Report on vaccination in the Province of Bengal - 1869-1873
Year: 1869
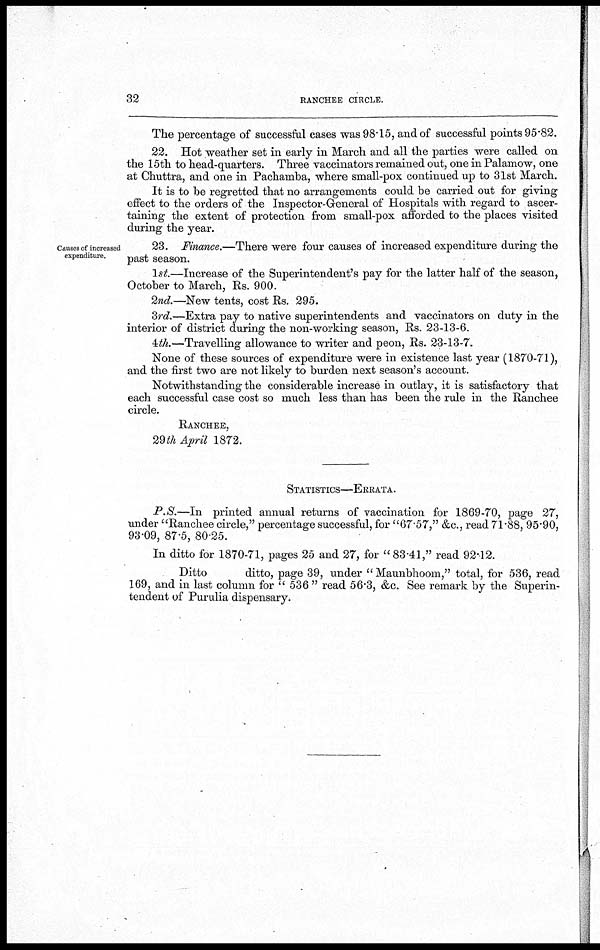
32
RANCHEE CIRCLE.
The percentage of successful cases was 98.15, and of successful points 95.82.
22. Hot weather set in early in March and all the parties were called on
the 15th to head-quarters. Three vaccinators remained out, one in Palamow, one
at Chuttra, and one in Pachamba, where small-pox continued up to 31st March.
It is to be regretted that no arrangements could be carried out for giving
effect to the orders of the Inspector-General of Hospitals with regard to ascer-
taining the extent of protection from small-pox afforded to the places visited
during the year.
Causes of increased
expenditure.
23. Finance.—There were four causes of increased expenditure during the
past season.
1st.—Increase of the Superintendent's pay for the latter half of the season,
October to March, Rs. 900.
2nd.—New tents, cost Rs. 295.
3rd.—Extra pay to native superintendents and vaccinators on duty in the
interior of district during the non-working season, Rs. 23-13-6.
4th.—Travelling allowance to writer and peon, Rs. 23-13-7.
None of these sources of expenditure were in existence last year (1870-71),
and the first two are not likely to burden next season's account.
Notwithstanding the considerable increase in outlay, it is satisfactory that
each successful case cost so much less than has been the rule in the Ranchee
circle.
RANCHEE,
29th April 1872.
STATISTICS—ERRATA.
P.S.—In printed annual returns of vaccination for 1869-70, page 27,
under "Ranchee circle," percentage successful, for "67.57," &c., read 71.88, 95.90,
93.09, 87.5, 80.25.
In ditto for 1870-71, pages 25 and 27, for "83.41," read 92.12.
Ditto
ditto, page 39, under " Maunbhoom," total, for 536, read
169, and in last column for " 536 " read 56.3, &c. See remark by the Superin-
tendent of Purulia dispensary.